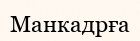
Манкадрға